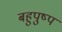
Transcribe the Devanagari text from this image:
बहुपुष्प